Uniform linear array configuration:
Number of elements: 8
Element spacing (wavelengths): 0.25
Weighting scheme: cosine
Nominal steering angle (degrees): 15
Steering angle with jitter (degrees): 15.466
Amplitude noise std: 0.05
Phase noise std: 0.05

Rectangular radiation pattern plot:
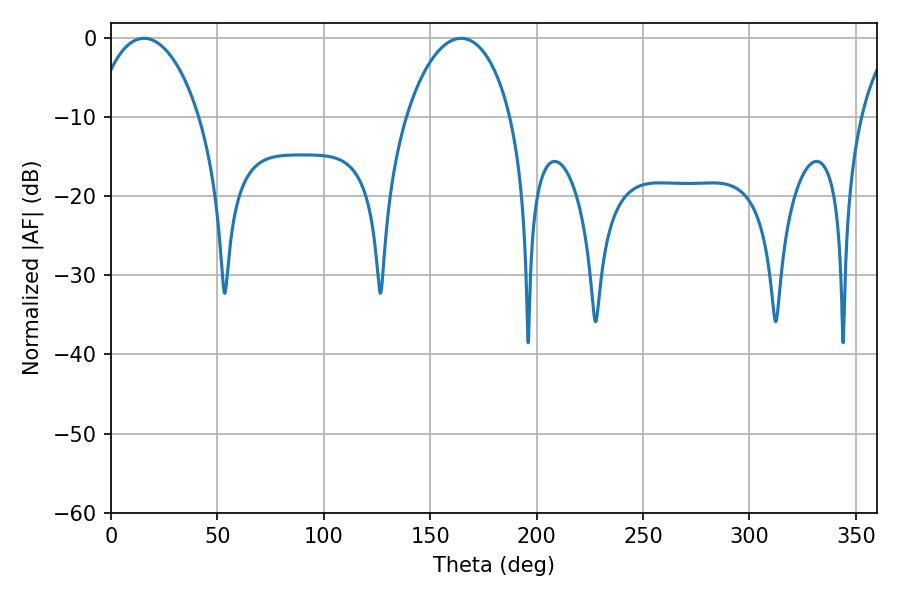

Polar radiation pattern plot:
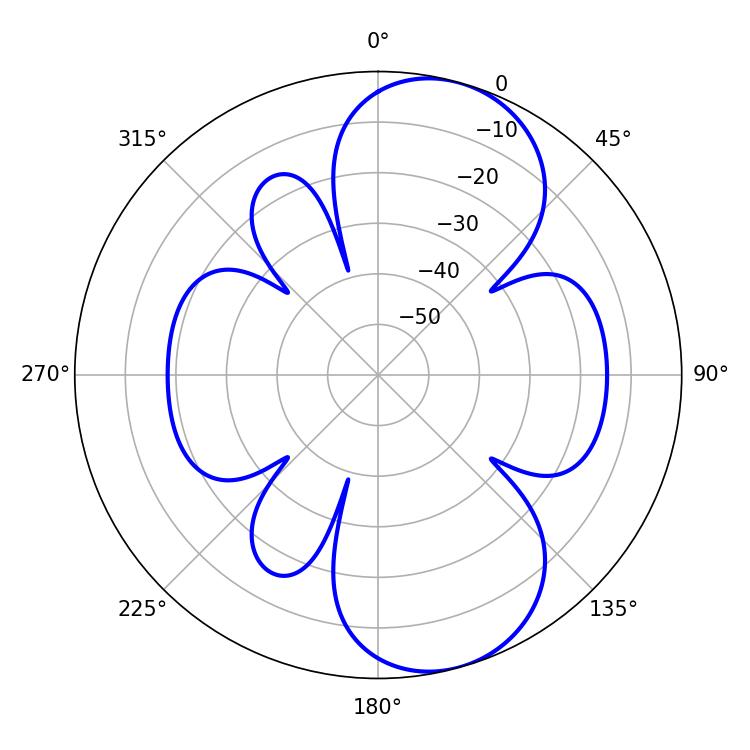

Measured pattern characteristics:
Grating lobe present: FALSE
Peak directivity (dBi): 8.416
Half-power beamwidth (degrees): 28.08
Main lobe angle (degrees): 15.48